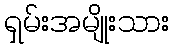
ရှမ်းအမျိုးသား